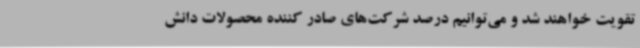
تقویت خواهند شد و می‌توانیم درصد شرکت‌های صادر کننده محصولات دانش